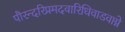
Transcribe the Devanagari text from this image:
पौरन्दरिप्रमदवारिधिवाडवाग्ने